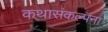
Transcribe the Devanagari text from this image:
कथासंकल्पना